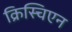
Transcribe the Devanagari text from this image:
क्रिस्चिएन